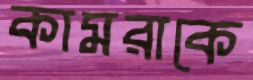
কামরাকে